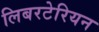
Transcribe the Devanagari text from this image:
लिबरटेरियन